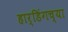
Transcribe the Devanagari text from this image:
हार्डिंगच्या